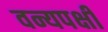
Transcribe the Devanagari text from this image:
वन्यपक्षी